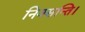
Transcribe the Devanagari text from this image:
निवसन्ति।